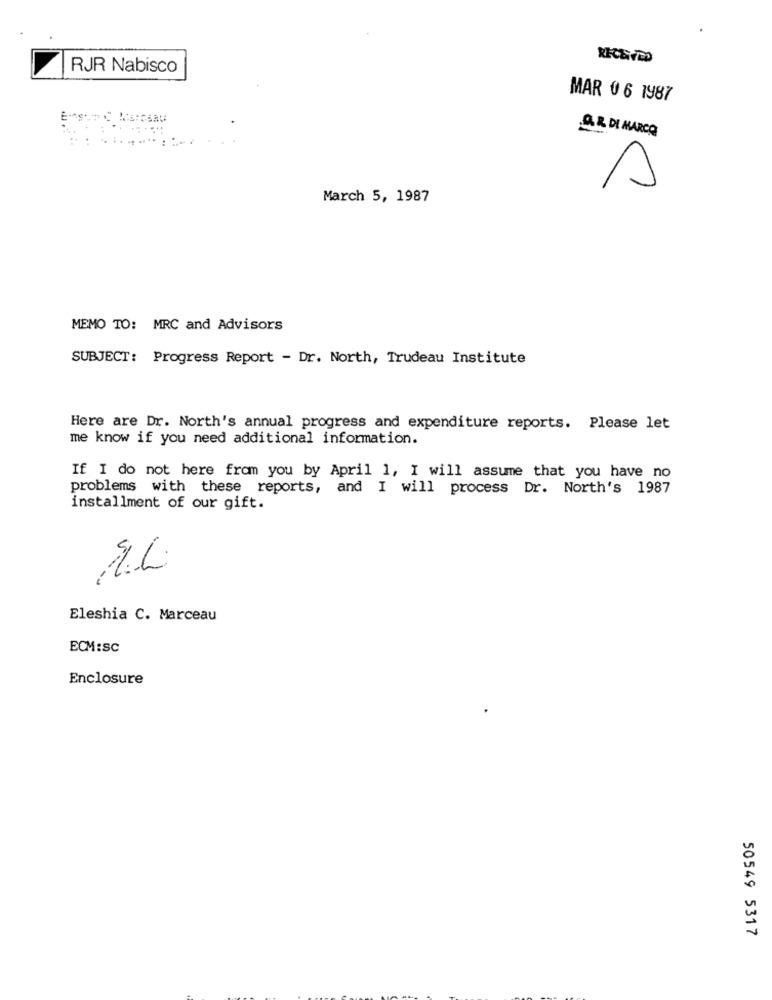
RJR Nabisco
MAR 0 6 1987
AR DI MARCO
......
A
March 5, 1987
MEMO TO: MRC and Advisors
SUBJECT: Progress Report - Dr. North, Trudeau Institute
Here are Dr. North's annual progress and expenditure reports. Please let
me know if you need additional information.
If I do not here from you by April 1, I will assume that you have no
problems with these reports, and I will process Dr. North's 1987
installment of our gift.
Eleshia C. Marceau
ECM:SC
Enclosure
50549 5317